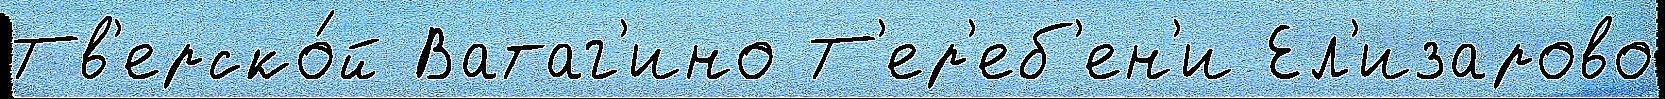
Тв'ерско́й Ватаг'ино Т'ер'еб'ен'и Ел'изарово